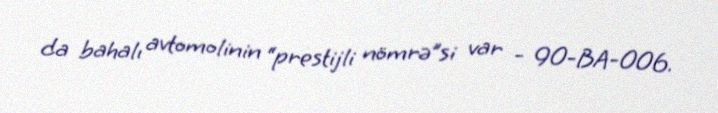
da bahalı avtomolinin “prestijli nömrə”si var - 90-BA-006.